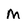
Character: M